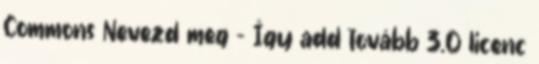
Commons Nevezd meg – Így add tovább 3.0 licenc